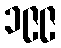
၁၉၉